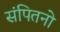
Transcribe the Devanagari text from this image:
संपितनो